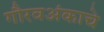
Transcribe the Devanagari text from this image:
गौरवअंकाचे